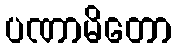
ပဏာမိတော